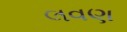
લવણ